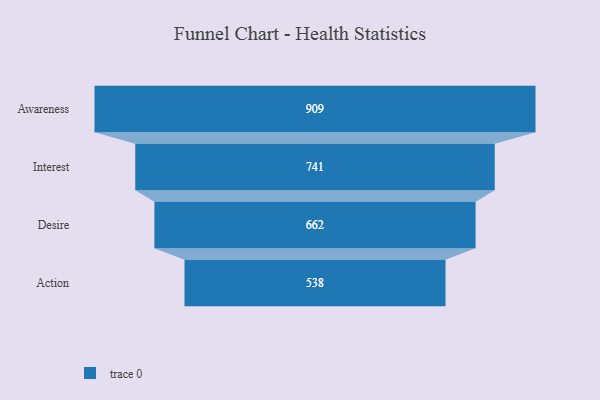
{"axis": {"x": "Stage", "y": "Value"}, "legend": [""], "data": [{"x": "Awareness", "y": 909.0, "type": ""}, {"x": "Interest", "y": 741.0, "type": ""}, {"x": "Desire", "y": 662.0, "type": ""}, {"x": "Action", "y": 538.0, "type": ""}]}